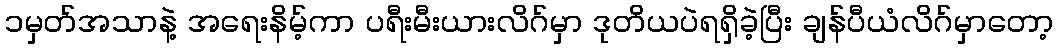
၁မှတ်အသာနဲ့ အရေးနိမ့်ကာ ပရီးမီးယားလိဂ်မှာ ဒုတိယပဲရရှိခဲ့ပြီး ချန်ပီယံလိဂ်မှာတော့